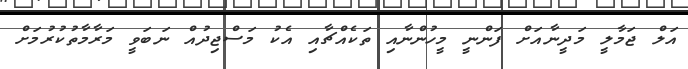
އަލް ޖަމާލީ މަދީނާއަށް ފަންނީ މީހުންނާއި ތަކެއްޗާއި އެކު މަސްޖިދުއް ނަބަވީ މަރާމާތުކުރުމަށް